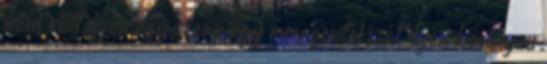
nem volt ilyen egyszerű egy energiaital ízét ilyen könnyen